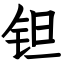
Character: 钽